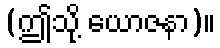
(ဤသို့ ယောဇနာ)။